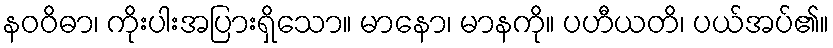
နဝဝိဓာ၊ ကိုးပါးအပြားရှိသော။ မာနော၊ မာနကို။ ပဟီယတိ၊ ပယ်အပ်၏။